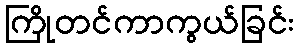
ကြိုတင်ကာကွယ်ခြင်း